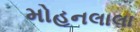
મોહનલાલા